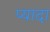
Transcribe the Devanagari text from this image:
प्‍यादा